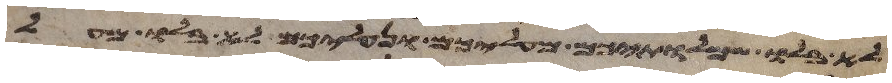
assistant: לא בלו שמלתיכם מעליכם ונעליכם לא בלו מעל